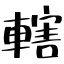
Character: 轄